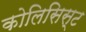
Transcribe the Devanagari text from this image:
कोलिसिस्ट